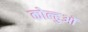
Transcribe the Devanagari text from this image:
कोल्हुओं